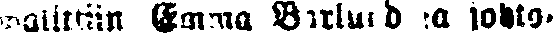
walittiin Emma Bärlaund ja johto-